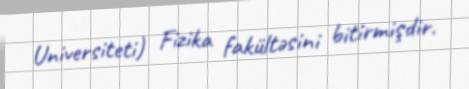
Universiteti) Fizika fakültəsini bitirmişdir.